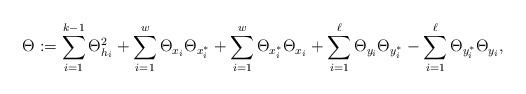
\begin{align*} \Theta_{}:=\sum_{i=1}^{k-1}\Theta_{h_i}^2+\sum_{i=1}^{w}\Theta_{x_i}\Theta_{x^*_i}+\sum_{i=1}^{w}\Theta_{x^*_i}\Theta_{x_i}+\sum_{i=1}^{\ell}\Theta_{y_i}\Theta_{y^*_i}-\sum_{i=1}^{\ell}\Theta_{y^*_i}\Theta_{y_i},\end{align*}